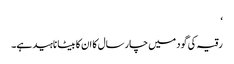
‘
رقیہ کی گود میں چار سال کا ان کا بیٹا ناہید ہے۔